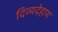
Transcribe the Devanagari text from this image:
दिव्यदेहाय